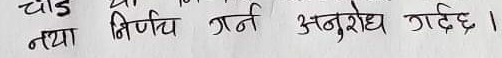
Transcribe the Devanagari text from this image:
नया निर्णय गर्न अनुरोध गर्दछ ।